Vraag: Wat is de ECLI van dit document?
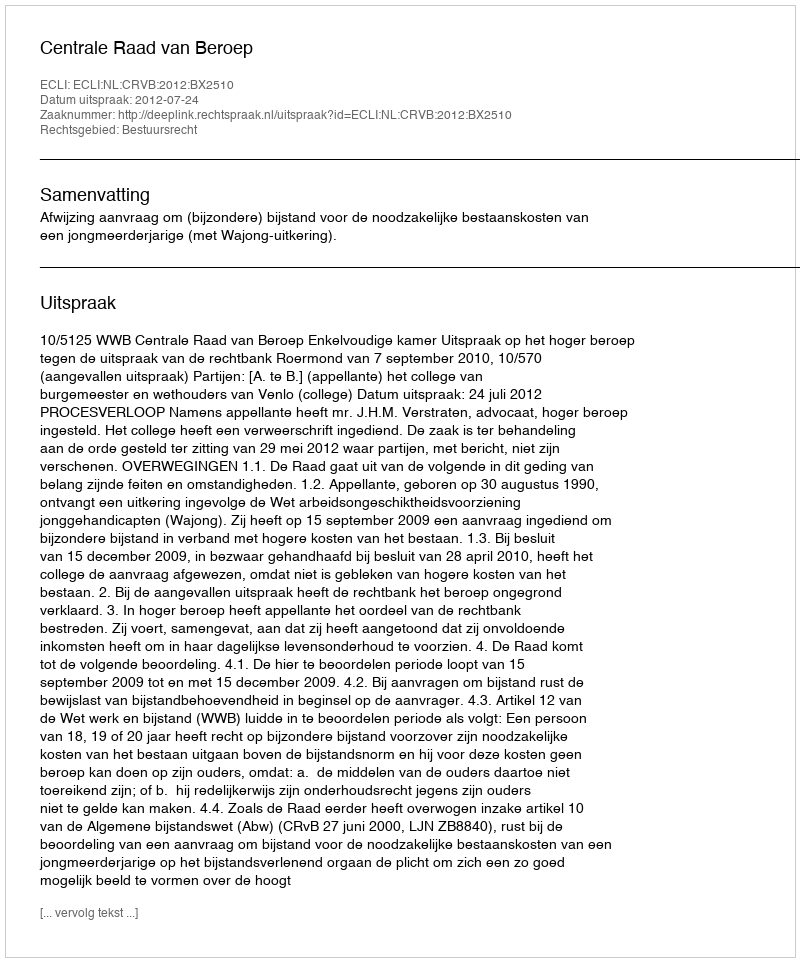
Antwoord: ECLI:NL:CRVB:2012:BX2510